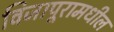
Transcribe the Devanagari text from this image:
विजापूरामधील